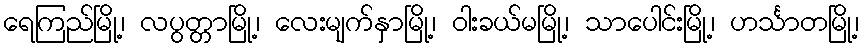
ရေကြည်မြို့၊ လပွတ္တာမြို့၊ လေးမျက်နှာမြို့၊ ဝါးခယ်မမြို့၊ သာပေါင်းမြို့၊ ဟင်္သာတမြို့၊